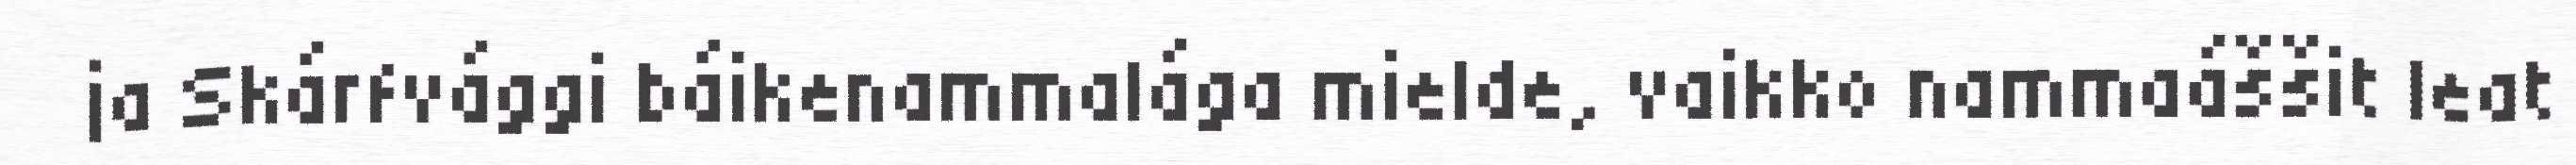
ja Skárfvággi báikenammalága mielde, vaikko nammaáššit leat